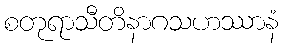
စတုရာသီတိနာဂသဟဿာနံ